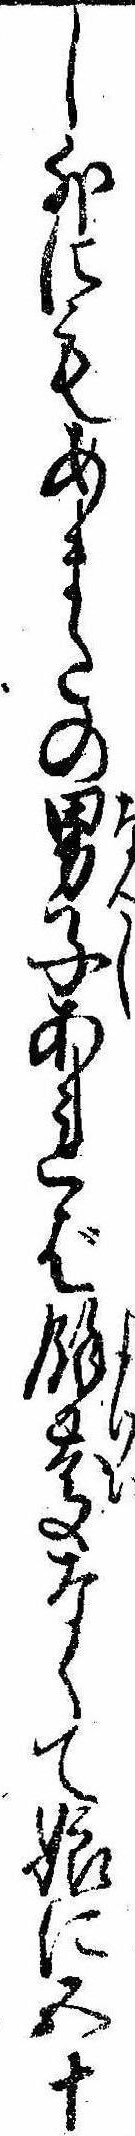
し外にもあまたの男子あれば余慶なくて娘に五十